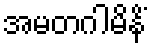
အမတဂါမိနိံ